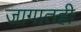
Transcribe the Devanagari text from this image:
जागातही